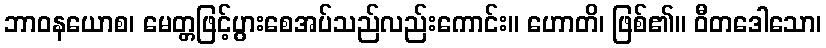
ဘာဝနယောစ၊ မေတ္တဖြင့်ပွားစေအပ်သည်လည်းကောင်း။ ဟောတိ၊ ဖြစ်၏။ ဝီတဒေါသော၊